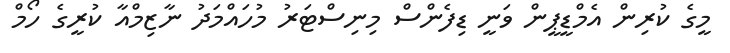
މީގެ ކުރިން އެމްޑީޕީން ވަނީ ޑިފެންސް މިނިސްޓަރު މުހައްމަދު ނާޒިމްއާ ކުރީގެ ހޯމް